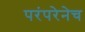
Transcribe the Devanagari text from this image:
परंपरेनेच